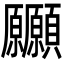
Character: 𩖒